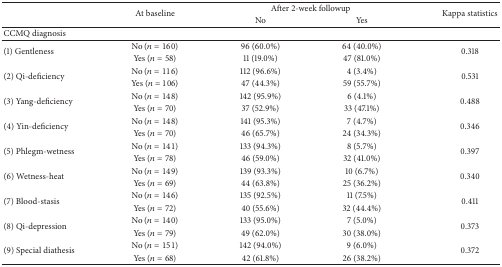
| <ROWSPAN=2>  | <ROWSPAN=2> At baseline | <COLSPAN=2> After 2-week followup | <ROWSPAN=2> Kappa statistics |
 | No | Yes |
 | --- | --- | --- | --- | --- |
 | CCMQ diagnosis |  |  |  |  |
 | <ROWSPAN=2> (1) Gentleness | No (n = 160) | 96 (60.0%) | 64 (40.0%) | <ROWSPAN=2> 0.318 |
 | Yes (n = 58) | 11 (19.0%) | 47 (81.0%) |
 | <ROWSPAN=2> (2) Qi-deficiency | No (n = 116) | 112 (96.6%) | 4 (3.4%) | <ROWSPAN=2> 0.531 |
 | Yes (n = 106) | 47 (44.3%) | 59 (55.7%) |
 | <ROWSPAN=2> (3) Yang-deficiency | No (n = 148) | 142 (95.9%) | 6 (4.1%) | <ROWSPAN=2> 0.488 |
 | Yes (n = 70) | 37 (52.9%) | 33 (47.1%) |
 | <ROWSPAN=2> (4) Yin-deficiency | No (n = 148) | 141 (95.3%) | 7 (4.7%) | <ROWSPAN=2> 0.346 |
 | Yes (n = 70) | 46 (65.7%) | 24 (34.3%) |
 | <ROWSPAN=2> (5) Phlegm-wetness | No (n = 141) | 133 (94.3%) | 8 (5.7%) | <ROWSPAN=2> 0.397 |
 | Yes (n = 78) | 46 (59.0%) | 32 (41.0%) |
 | <ROWSPAN=2> (6) Wetness-heat | No (n = 149) | 139 (93.3%) | 10 (6.7%) | <ROWSPAN=2> 0.340 |
 | Yes (n = 69) | 44 (63.8%) | 25 (36.2%) |
 | <ROWSPAN=2> (7) Blood-stasis | No (n = 146) | 135 (92.5%) | 11 (7.5%) | <ROWSPAN=2> 0.411 |
 | Yes (n = 72) | 40 (55.6%) | 32 (44.4%) |
 | <ROWSPAN=2> (8) Qi-depression | No (n = 140) | 133 (95.0%) | 7 (5.0%) | <ROWSPAN=2> 0.373 |
 | Yes (n = 79) | 49 (62.0%) | 30 (38.0%) |
 | <ROWSPAN=2> (9) Special diathesis | No (n = 151) | 142 (94.0%) | 9 (6.0%) | <ROWSPAN=2> 0.372 |
 | Yes (n = 68) | 42 (61.8%) | 26 (38.2%) |